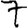
Digit: 7